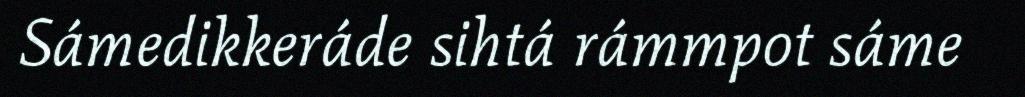
Sámedikkeráde sihtá rámmpot sáme